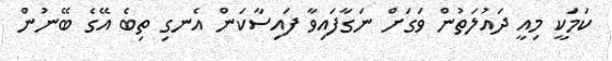
ކަމަކީ މިއީ ދައުލަތުންް ވަގަށް ނަގާފައިވާ ފައިސާކަން އެނގި ތިބެ އޭގެ ބޭނުން